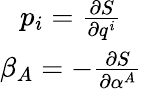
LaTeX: \begin{array}{c}{p_{i}=\frac{\partial S}{\partial q^{i}}}\\ {\beta_{A}=-\frac{\partial S}{\partial\alpha^{A}}}\end{array}